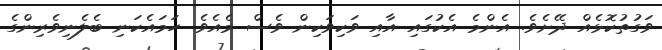
ވަގުތުކޮޅެއް ދޭށެވެ. އެންމެ އެކުގައި އާއި ވަކިވަކިން ވެސް މެއެވެ. ހަމައެކަނި ބެލެނިވެރިންގެ